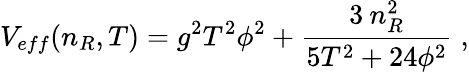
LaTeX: V_{eff}(n_{R},T)=g^{2}T^{2}\phi^{2}+{\frac{3\: n_{R}^{2}}{5T^{2}+24\phi^{2}}}\; ,